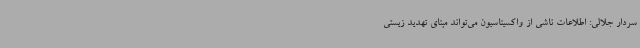
سردار جلالی: اطلاعات ناشی از واکسیناسیون می‌تواند مبنای تهدید زیستی